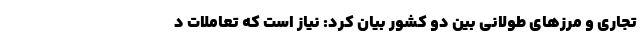
تجاری و مرزهای طولانی بین دو کشور بیان کرد: نیاز است که تعاملات د